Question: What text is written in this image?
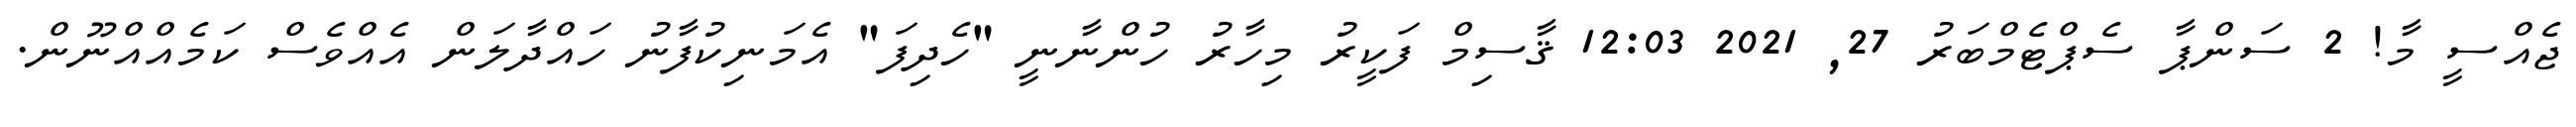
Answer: ޖެއްސީ މާ! 2 ސަންޕާ ސެޕްޓެމްބަރު 27, 2021 12:03 ޤާސިމް ފަކީރު މިހާރު ހުންނާނީ "ހެދިފަ" އެމަނިކުފާނު ހައްދާލަން އެއްވެސް ކަމެއްއްނޫން.